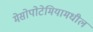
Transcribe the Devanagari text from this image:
मेसोपोटेमियामधील